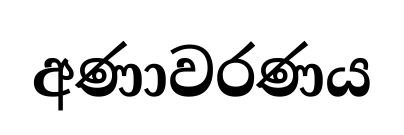
අණාවරණය